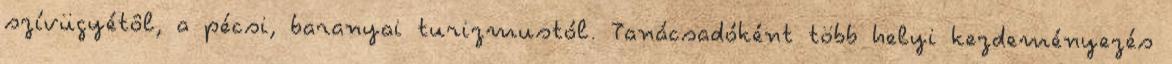
szívügyétôl, a pécsi, baranyai turizmustól. Tanácsadóként több helyi kezdeményezés